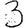
Digit: 3